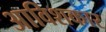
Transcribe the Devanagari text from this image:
अाविशकार